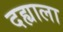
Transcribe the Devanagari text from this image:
दह्याला